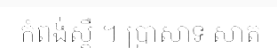
កំពង់ស្ពឺ ។ ប្រាសាទ សាត